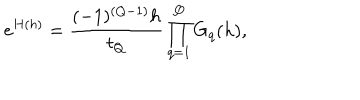
e ^ { H ( h ) } = { \frac { ( - 1 ) ^ { ( Q - 1 ) } h } { t _ { Q } } } \prod _ { q = 1 } ^ { Q } G _ { q } ( h ) ,